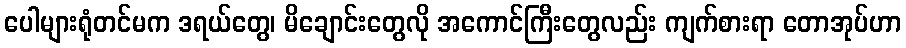
ပေါများရုံတင်မက ဒရယ်တွေ၊ မိချောင်းတွေလို အကောင်ကြီးတွေလည်း ကျက်စားရာ တောအုပ်ဟာ